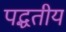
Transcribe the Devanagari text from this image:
पद्धतीय